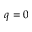
q = 0